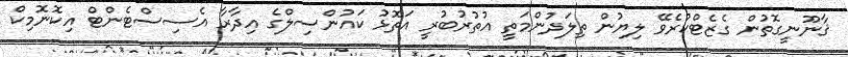
ޤާނޫނީގޮތުން ގެޒެޓްކުރެވޭ ލިޔުން ތިލަދުންމަތީ އުތުރުބުރީ އަތޮޅު ކައުންސިލްގެ އިދާރާ އެސިސްޓެންޓް އިކޮނޮމިކް